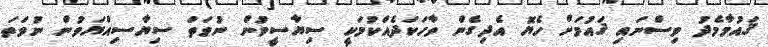
ޤައުމާމެދު ވިސްނައި ޤައުމަށް ހެޔޮ އެދިގެން ވާހަކަދެއްކުމަކީ ސިޔާސީވުން ނުވަތަ ސިޔާސިއްޔަވުން ނުވަތަ